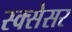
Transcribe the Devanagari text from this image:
स्क्सेसर